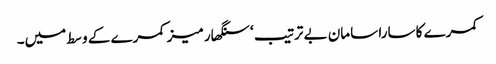
کمرے کا سارا سامان بے ترتیب ‘ سنگھار میز کمرے کے وسط میں۔